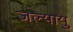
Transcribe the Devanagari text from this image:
जल्यायु